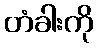
တံခါးကို